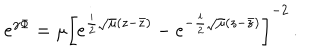
LaTeX: e ^ { \gamma \Phi } = \mu \left[ e ^ { \frac i 2 \sqrt { \mu } ( z - \bar { z } ) } - e ^ { - \frac i 2 \sqrt { \mu } ( z - \bar { z } ) } \right] ^ { - 2 } \, .